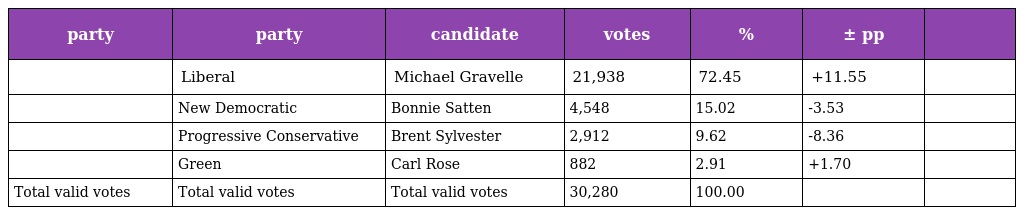
| party | party | candidate | votes | % | ± pp |  |
 | --- | --- | --- | --- | --- | --- | --- |
 |  | Liberal | Michael Gravelle | 21,938 | 72.45 | +11.55 |  |
 |  | New Democratic | Bonnie Satten | 4,548 | 15.02 | -3.53 |  |
 |  | Progressive Conservative | Brent Sylvester | 2,912 | 9.62 | -8.36 |  |
 |  | Green | Carl Rose | 882 | 2.91 | +1.70 |  |
 | Total valid votes | Total valid votes | Total valid votes | 30,280 | 100.00 |  |  |